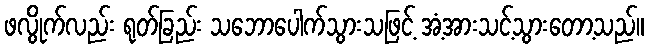
ဖလွိုက်လည်း ရုတ်ခြည်း သဘောပေါက်သွားသဖြင့် အံ့အားသင့်သွားတော့သည်။